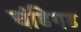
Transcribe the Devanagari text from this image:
चंडिगड